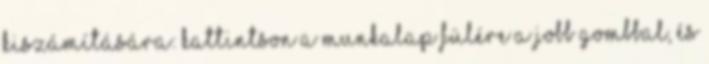
kiszámítására: Kattintson a munkalap fülére a jobb gombbal, és